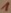
Text: 1